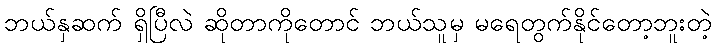
ဘယ်နှဆက် ရှိပြီလဲ ဆိုတာကိုတောင် ဘယ်သူမှ မရေတွက်နိုင်တော့ဘူးတဲ့